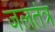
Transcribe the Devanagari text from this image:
जलतंत्र